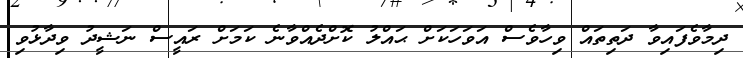
ދިމާވެފައިވާ ދަތިތައް ވިހާވެސް އަވަހަކަށް ޙައްލު ކޮށްދެއްވާނެ ކަމަށް ރައީސް ނަޝީދު ވިދާޅުވި